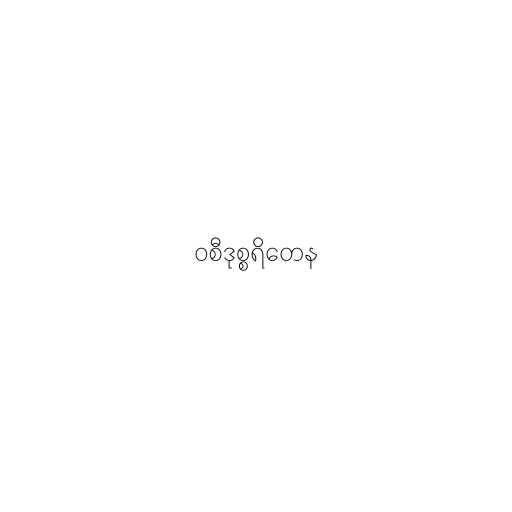
ဝစီဒုစ္စရိတေန